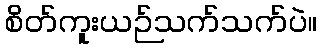
စိတ်ကူးယဉ်သက်သက်ပဲ။